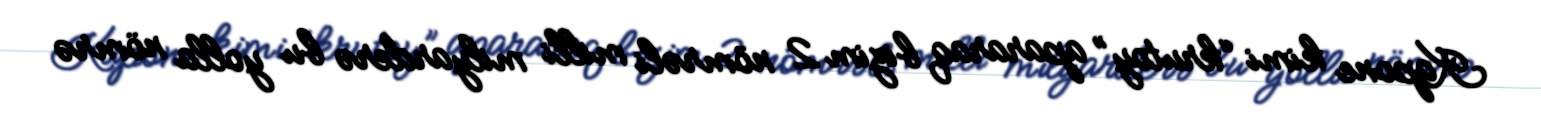
Kapone kimi “krutoy” apararaq bizim 2 nömrəli milli milyarderə bu yolla nömrə